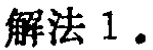
解法 1.